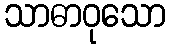
သာဓာဝုသော